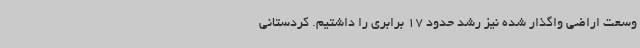
وسعت اراضی واگذار شده نیز رشد حدود 17 برابری را داشتیم. کردستانی